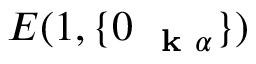
E ( 1 , \{ 0 _ { \mathrm { ~ \bf ~ k ~ } \alpha } \} )